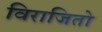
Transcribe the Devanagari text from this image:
विराजितो